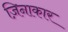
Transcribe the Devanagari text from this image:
ज़िनाकार